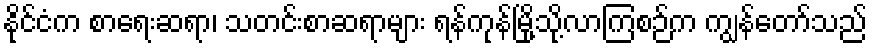
နိုင်ငံက စာရေးဆရာ၊ သတင်းစာဆရာများ ရန်ကုန်မြို့သို့လာကြစဉ်က ကျွန်တော်သည်